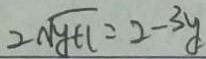
2 \sqrt { y + 1 } = 2 - 3 y